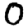
Digit: 0